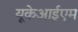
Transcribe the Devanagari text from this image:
यूकेआईएम